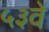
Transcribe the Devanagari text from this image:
५३वें